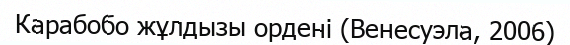
Карабобо жұлдызы ордені (Венесуэла, 2006)